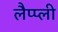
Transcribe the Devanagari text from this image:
लैप्प्ली